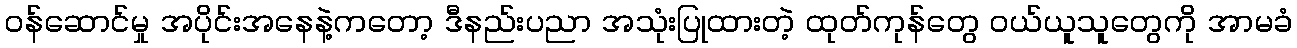
ဝန်ဆောင်မှု အပိုင်းအနေနဲ့ကတော့ ဒီနည်းပညာ အသုံးပြုထားတဲ့ ထုတ်ကုန်တွေ ဝယ်ယူသူတွေကို အာမခံ